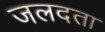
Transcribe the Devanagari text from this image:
जलदता